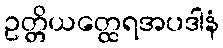
ဥတ္တိယတ္ထေရအပဒါနံ